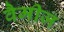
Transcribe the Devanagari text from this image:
वैमीज